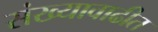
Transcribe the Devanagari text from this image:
संख्यावाढीत